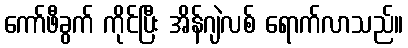
ကော်ဖီခွက် ကိုင်ပြီး အိန်ဂျဲလစ် ရောက်လာသည်။